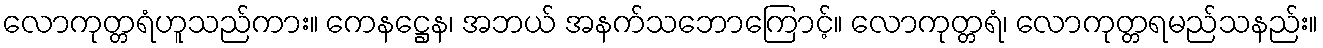
လောကုတ္တရံဟူသည်ကား။ ကေနဋ္ဌေန၊ အဘယ် အနက်သဘောကြောင့်။ လောကုတ္တရံ၊ လောကုတ္တရမည်သနည်း။